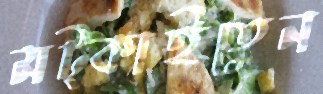
মট্‌কাইতেন